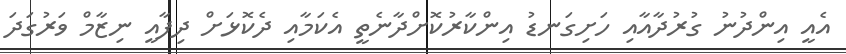
އެއީ އިންދުނު ގުރުދާއާއި ހަށިގަނޑު އިންކާރުކޮށްދާނެތީ އެކަމާއި ދެކޮޅަށް ދިފާއީ ނިޒާމް ވަރުގަދަ